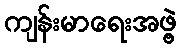
ကျန်းမာရေးအဖွဲ့